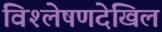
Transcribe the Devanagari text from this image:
विश्लेषणदेखिल